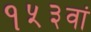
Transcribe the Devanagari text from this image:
१५३वां